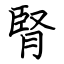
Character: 腎